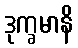
ဒုက္ခမာနိ